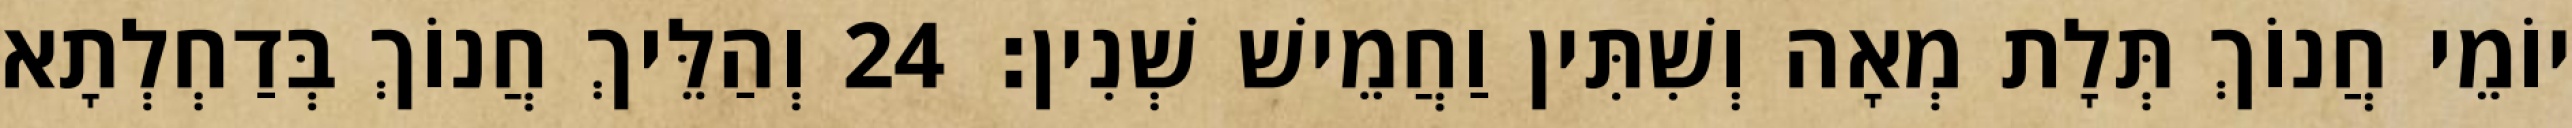
יוֹמֵי חֲנוֹךְ תְּלָת מְאָה וְשִׁתִּין וַחֲמֵישׁ שְׁנִין׃ 24 וְהַלֵּיךְ חֲנוֹךְ בְּדַחְלְתָא